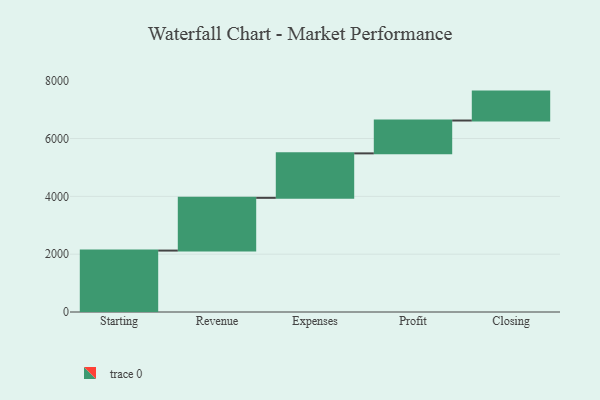
{"axis": {"x": "Step", "y": "Value"}, "legend": [""], "data": [{"x": "Starting", "y": 2124.0, "type": ""}, {"x": "Revenue", "y": 1824.0, "type": ""}, {"x": "Expenses", "y": 1538.0, "type": ""}, {"x": "Profit", "y": 1136.0, "type": ""}, {"x": "Closing", "y": 1000, "type": ""}]}